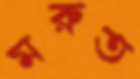
মরুত